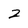
Character: 2